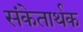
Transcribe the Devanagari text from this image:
संकेतार्थक